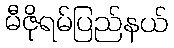
မီဇိုရမ်ပြည်နယ်